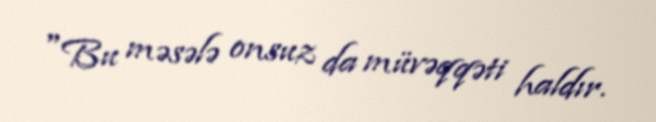
"Bu məsələ onsuz da müvəqqəti haldır.